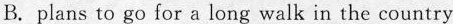
B.plans to go for a long walk in the country